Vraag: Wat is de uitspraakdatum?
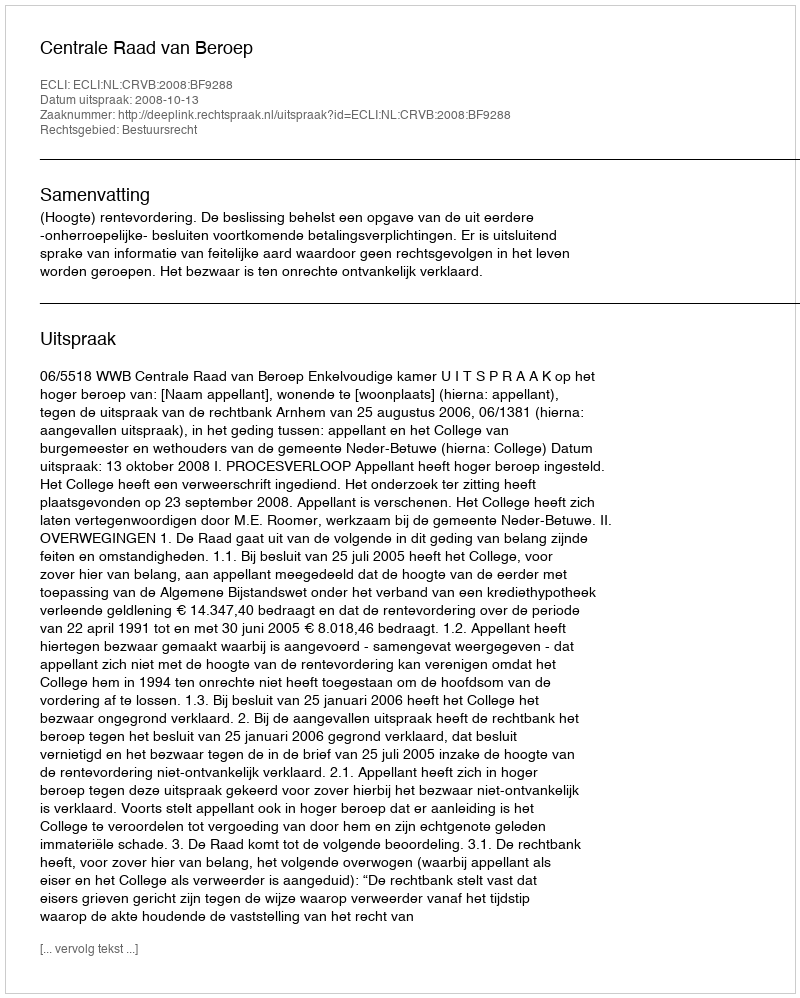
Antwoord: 2008-10-13